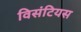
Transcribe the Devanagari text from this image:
विसंटियस